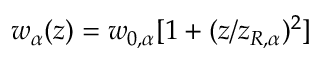
w _ { \alpha } ( z ) = w _ { 0 , \alpha } [ 1 + ( z / z _ { R , \alpha } ) ^ { 2 } ]